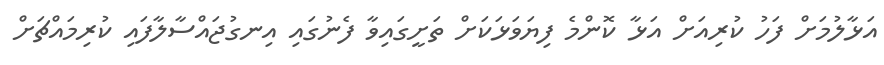
އަޅާލުމަށް ފަހު ކުރިއަށް އަޅާ ކޮންމެ ފިޔަވަޅަކަށް ތަށީގައިވާ ފެނުގައި އިނގުޖައްސާލާފައި ކުރިމައްޗަށް